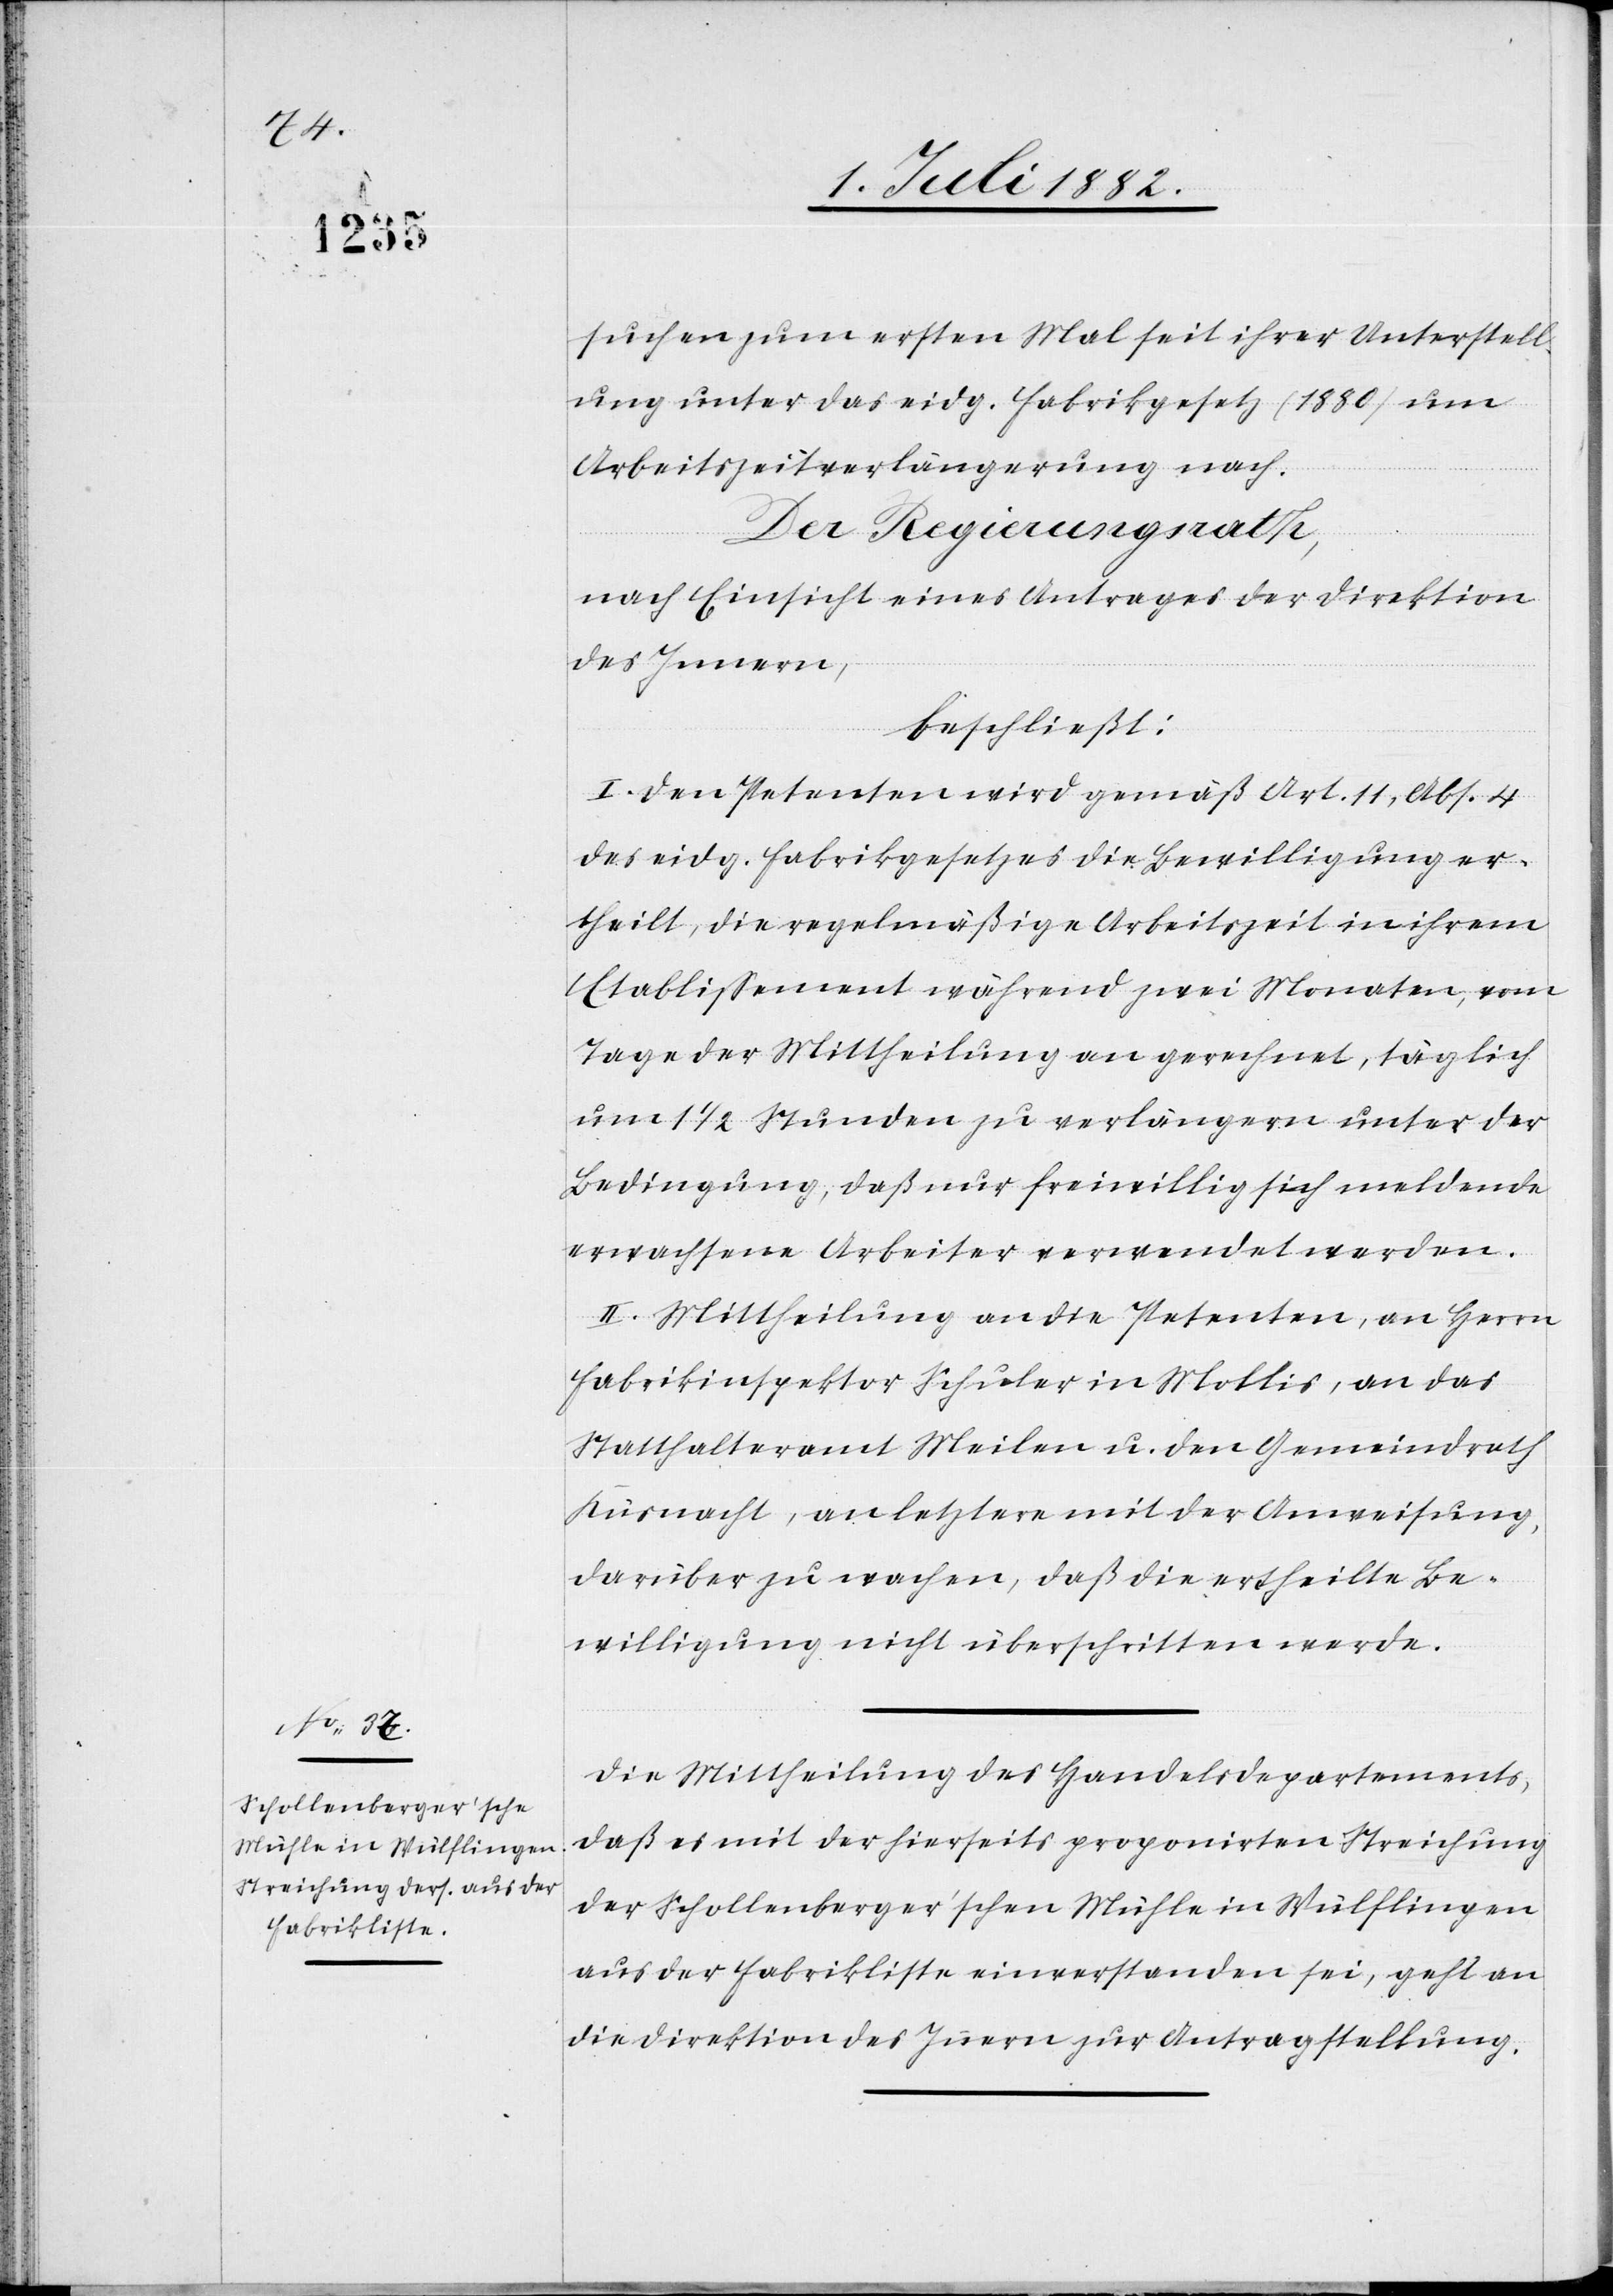
4. Juli 1882.]
suchen zum ersten Mal sei ihrer Unterstell¬
ung unter das eidg. Fabrikgesetz (1880) um
Arbeitszeitverlängerung nach.
Der Regierungsrath,
nach Einsicht eines Antrages der Direktion
des Innern,
beschließt:
I. Den Petenten wird gemäß Art. 11, Abs. 4
des eidg. Fabrikgesetz die Bewilligung er¬
theilt, die regelmäßige Arbeitszeit in ihrem
Etablissement während zwei Monaten, vom
Tage der Mittheilung an gerechnet, täglich
um 11/2 Stunden zu verlängern unter der
Bedingung, daß nur freiwillig sich meldende
erwachsene Arbeiter verwendet werden.
II. Mittheilung an die Petenten, an Herrn
Fabrikinspektor Schuler in Mollis, an das
Statthalteramt Meilen u. den Gemeindrath
Küsnacht, an letztere mit der Anweisung,
darüber zu wachen, daß die ertheilte Be¬
willigung nicht überschritten werde.
Die Mittheilung des Handelsdepartements,
daß es mit der hierseits proponirten Streichung
der Schollenberger’schen Mühle in Wülflingen
aus der Fabrikliste einverstanden sei, geht an
die Direktion des Innern zur Antragstellung.